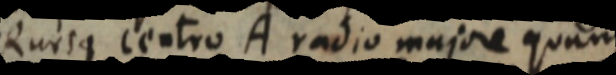
Rursus centro A radio majore quam